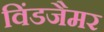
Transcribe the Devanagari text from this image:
विंडजैमर